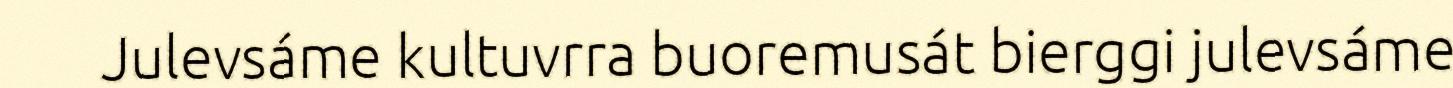
Julevsáme kultuvrra buoremusát bierggi julevsáme